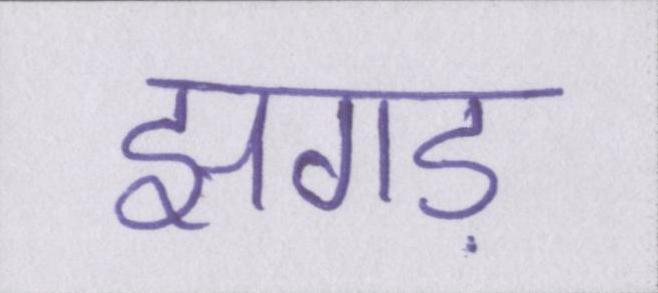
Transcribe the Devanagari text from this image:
झगड़